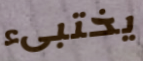
يختبىء